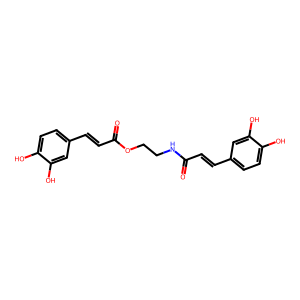
SMILES: O=C(C=Cc1ccc(O)c(O)c1)NCCOC(=O)C=Cc1ccc(O)c(O)c1
Inhibits HIV replication: No